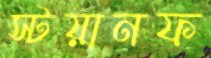
স্টয়ানফ